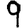
Digit: 9